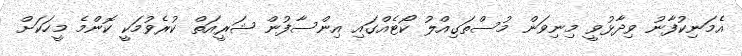
އެމަނިކުފާނު ވިދާޅުވީ މިނިވަން މުސްތަގިއްލު ކޯޓެއްގައި އިންސާފުން ޝަރީއަތް ކުރެވުމަކީ ކޮންމެ މީހަކަށް